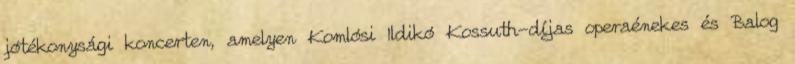
jótékonysági koncerten, amelyen Komlósi Ildikó Kossuth-díjas operaénekes és Balog